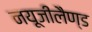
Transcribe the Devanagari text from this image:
नयूजीलैण्ड